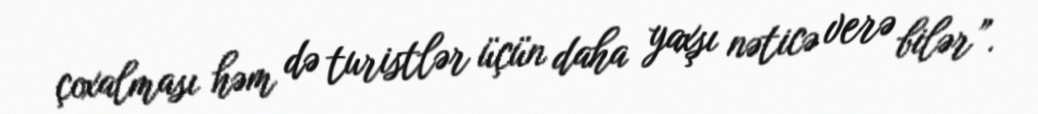
çoxalması həm də turistlər üçün daha yaxşı nəticə verə bilər”.